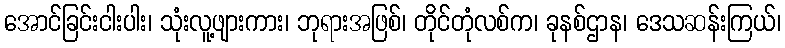
အောင်ခြင်းငါးပါး၊ သုံးလူ့ဖျားကား၊ ဘုရားအဖြစ်၊ တိုင်တုံလစ်က၊ ခုနစ်ဌာန၊ ဒေသဆန်းကြယ်၊